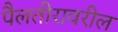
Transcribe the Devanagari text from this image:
पैलतीरावरील